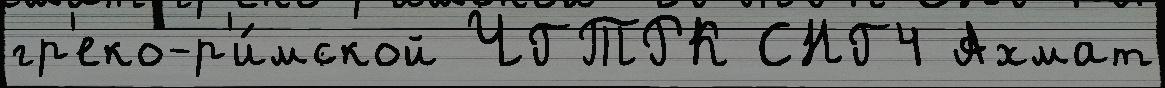
гр'еко-р'и́мской ЧГТРК СНГ4 Ахмат